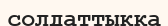
солдаттыққа